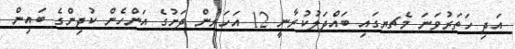
އަދި ހަތަރުވަނަ މެޗޔގައި ބައްދަލުކުރާނީ 12 އަހަރުން ދަށުގެ އަންހެން ކުދިންގެ ބައިން